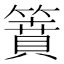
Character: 𥳡